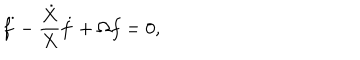
LaTeX: \ddot { f } - \frac { \dot { X } } { X } \dot { f } + \Omega f = 0 ,